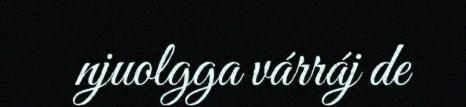
njuolgga várráj de